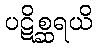
ပဋိစ္ဆရယိ